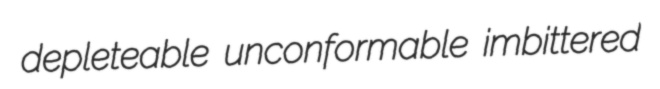
depleteable unconformable imbittered